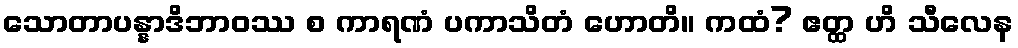
သောတာပန္နာဒိဘာဝဿ စ ကာရဏံ ပကာသိတံ ဟောတိ။ ကထံ? ဧတ္ထ ဟိ သီလေန